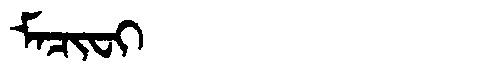
Manchu: ᠮᠠᠴᡳᠸᡳ
Romanization: MACIFI